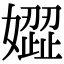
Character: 𡡟